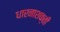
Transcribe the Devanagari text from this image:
धारनाशक्ती